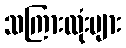
သကြားလုံးများ